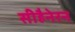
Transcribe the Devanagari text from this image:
सीहैनेरन